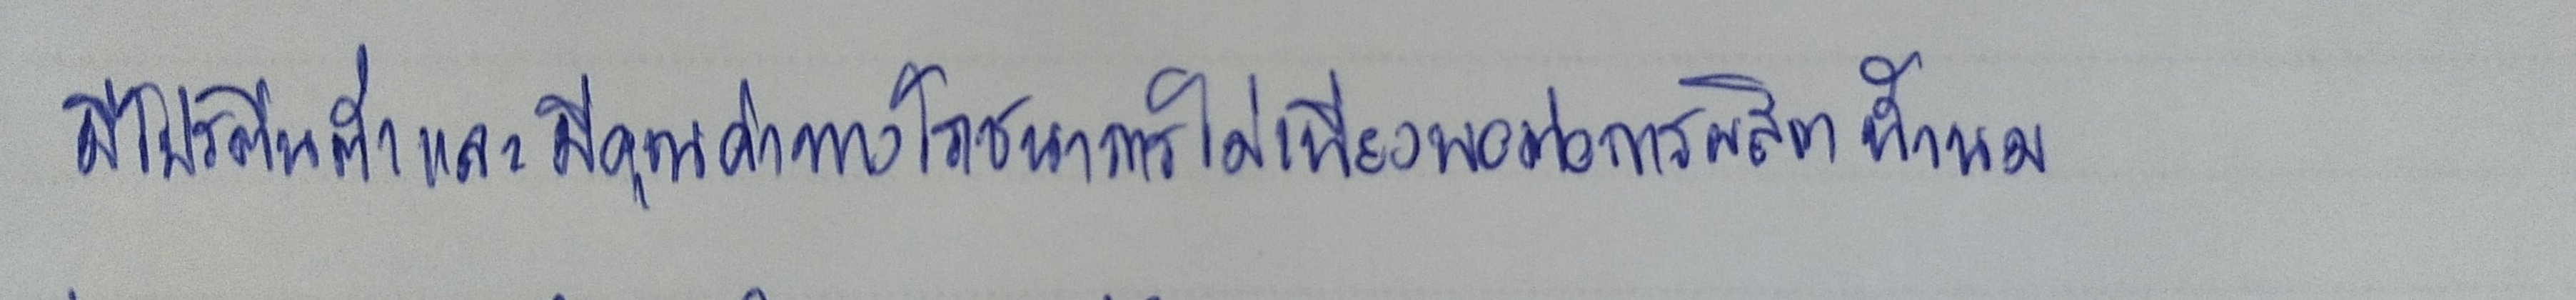
มีโปรตีนต่ำและมีคุณค่าทางโภชนาการไม่เพียงพอต่อการผลิตน้ำนม